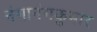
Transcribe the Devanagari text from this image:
नंगानंगकुमार